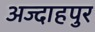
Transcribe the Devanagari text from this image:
अज्दाहपुर